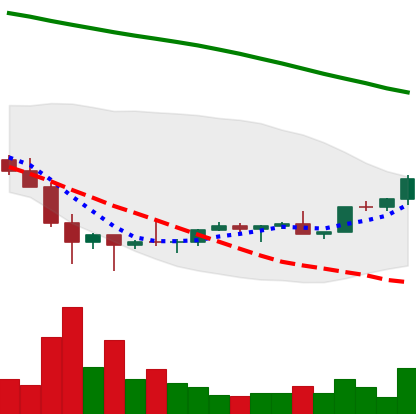
Ticker: EOS-USD
Chart end date: 2022-02-07
Forward return: -10.941%
Label: down_7plus